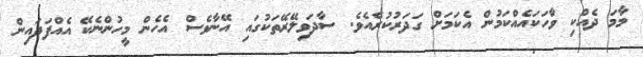
މާމަ ދެއްކި ވާހަކައެއްކަމުން އެކަމަށް ގަދަރުކުރެއެވެ. ސާދަވިލޭރޭތަކުގައި އޭނާވެސް އެހެން މީހުންނެކޭ އެއްފަދައިން